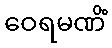
ဝေရမဏိံ